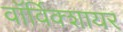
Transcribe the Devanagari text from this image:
वाॅर्विक्शायर